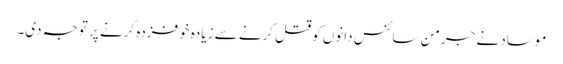
موساد نے جرمن سائنس دانوں کو قتل کرنے سے زیادہ خوفزدہ کرنے پر توجہ دی۔